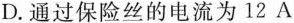
D.通过保险丝的电流为12A